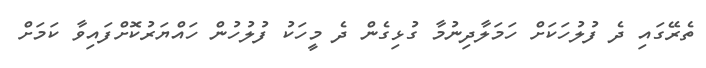
ތެރޭގައި ދެ ފުލުހަކަށް ހަމަލާދިނުމާ ގުޅިގެން ދެ މީހަކު ފުލުހުން ހައްޔަރުކޮށްފައިވާ ކަމަށް